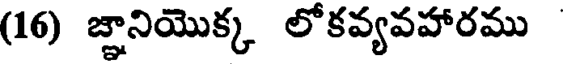
(16) జ్ఞానియొక్క లోకవ్యవహారము